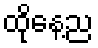
ထိုနေ့ည